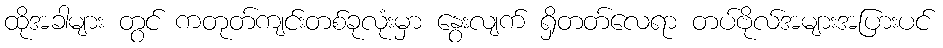
ထိုအခါများ တွင် ကတုတ်ကျင်းတစ်ခုလုံးမှာ နွေးလျက် ရှိတတ်လေရာ တပ်ဗိုလ်အများအပြားပင်